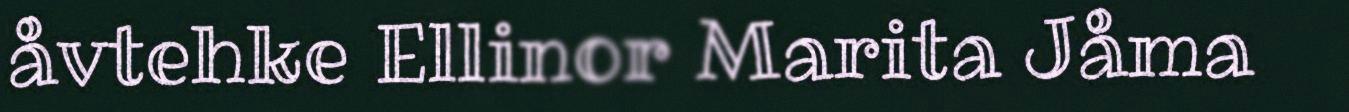
åvtehke Ellinor Marita Jåma